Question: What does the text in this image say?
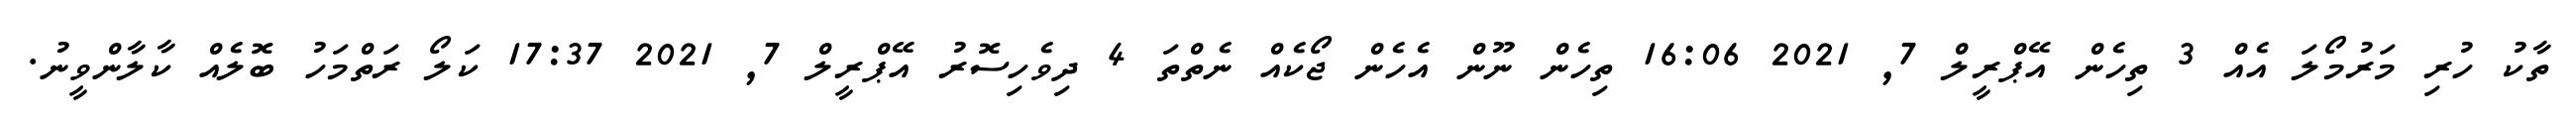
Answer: ތާކު ހުރި މަރުމޯލަ އެއް 3 ތިހެން އޭޕްރީލް 7, 2021 16:06 ތިހެން ނޫން އެހެން ޖޯކެއް ނެތްތަ 4 ދިވެހިސޮރު އޭޕްރީލް 7, 2021 17:37 ކަލޯ ރަތްމަހު ބޮލެއް ކާލާންވީނު.